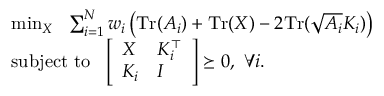
\begin{array} { r l } & { \operatorname* { m i n } _ { X } ~ ~ \sum _ { i = 1 } ^ { N } w _ { i } \left( \mathrm { T r } ( A _ { i } ) + \mathrm { T r } ( X ) - 2 \mathrm { T r } ( \sqrt { A _ { i } } K _ { i } ) \right) } \\ & { \mathrm { s u b j e c t ~ t o ~ ~ } \left[ \begin{array} { l l } { X } & { K _ { i } ^ { \top } } \\ { K _ { i } } & { I } \end{array} \right] \succeq 0 , ~ \forall i . } \end{array}